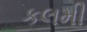
કલમી